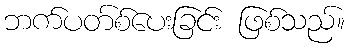
ဘက်ပတ်စ်ပေးခြင်း ဖြစ်သည်။